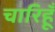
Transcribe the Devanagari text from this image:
चारिहूँ